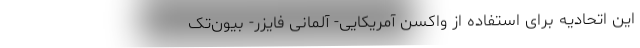
این اتحادیه برای استفاده از واکسن آمریکایی- آلمانی فایزر- بیون‌تک